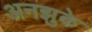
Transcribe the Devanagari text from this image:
अनझुके